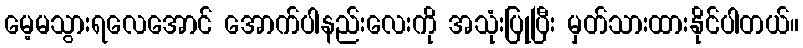
မေ့မသွားရလေအောင် အောက်ပါနည်းလေးကို အသုံးပြုပြီး မှတ်သားထားနိုင်ပါတယ်။